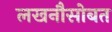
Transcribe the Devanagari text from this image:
लखनौसोबत